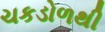
ચકડોળથી